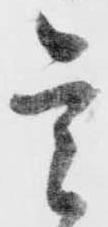
是